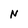
Character: N